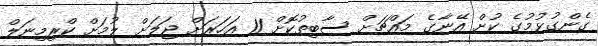
ގެންގުޅުމުގެ ކުށް އޭނާގެ މައްޗަށް ސާބިތުކޮށް 11 އަހަރަށް ޖަލަށް ލުމަށް ކްރިމިނަލް